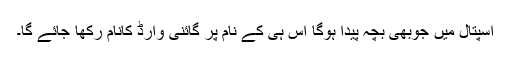
اسپتال میں جوبھی بچہ پیدا ہوگا اس ہی کے نام پر گائنی وارڈ کانام رکھا جائے گا۔